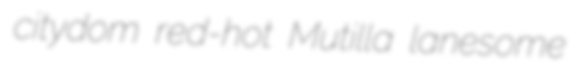
citydom red-hot Mutilla lanesome